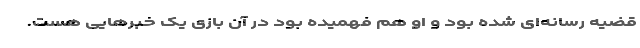
قضیه رسانه‌ای شده بود و او هم فهمیده بود در آن بازی یک خبرهایی هست.